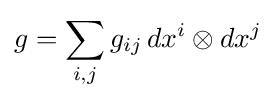
g=\sum _{i,j}g_{ij}\,dx^{i}\otimes dx^{j}